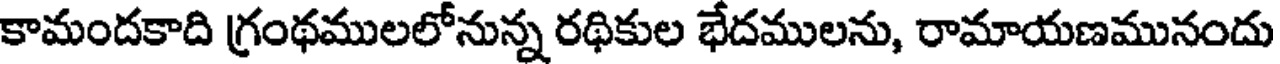
కామందకాది గ్రంథములలోనున్న రథికుల భేదములను, రామాయణమునందు